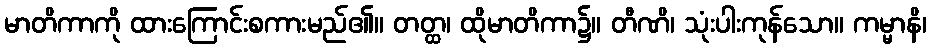
မာတိကာကို ထားကြောင်းစကားမည်၏။ တတ္ထ၊ ထိုမာတိကာ၌။ တီဏိ၊ သုံးပါးကုန်သော။ ကမ္မာနိ၊